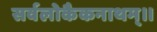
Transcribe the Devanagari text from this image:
सर्वलोकैकनाथम्।।